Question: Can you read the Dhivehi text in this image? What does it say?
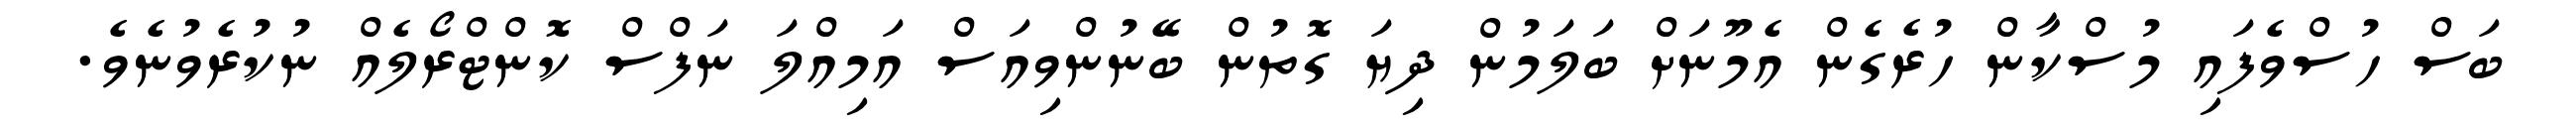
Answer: ބަސް ހުސްވެފައި މުސްކާން ހުރެގެން އެމޫނަށް ބަލަމުން ދިޔަ ގޮތުން ބޭނުންވިއަސް އަމިއްލަ ނަފްސް ކޮންޓްރޯލެއް ނުކުރެވުނެވެ.